Annual report on the Civil Veterinary Department, Burma (including the Insein Veterinary School) - 1923-1931
Year: 1923
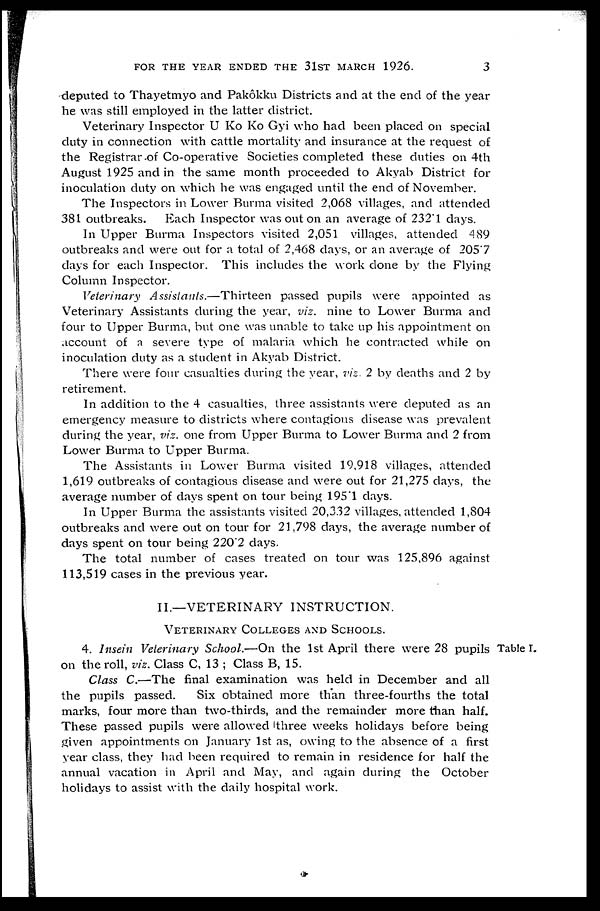
FOR THE YEAR ENDED THE 31ST MARCH 1926.
3
deputed to Thayetmyo and Pakôkku Districts and at the end of the year
he was still employed in the latter district.
Veterinary Inspector U Ko Ko Gyi who had been placed on special
duty in connection with cattle mortality and insurance at the request of
the Registrar of Co-operative Societies completed these duties on 4th
August 1925 and in the same month proceeded to Akyab District for
inoculation duty on which he was engaged until the end of November.
The Inspectors in Lower Burma visited 2,068 villages, and attended
381 outbreaks.
Each Inspector was out on an average of 232.1 days.
In Upper Burma Inspectors visited 2,051 villages, attended 489
outbreaks and were out for a total of 2,468 days, or an average of 205.7
days for each Inspector. This includes the work done by the Flying
Column Inspector.
Veterinary Assistants.—Thirteen
passed pupils were appointed as
Veterinary Assistants during the year, viz. nine to Lower Burma and
four to Upper Burma, but one was unable to take up his appointment on
account of a severe type of malaria which he contracted while on
inoculation duty as a student in Akyab District.
There were four casualties during the year, viz 2 by deaths and 2 by
retirement.
In addition to the 4 casualties, three assistants were deputed as an
emergency measure to districts where contagious disease was prevalent
during the year, viz. one from Upper Burma to Lower Burma and 2 from
Lower Burma to Upper Burma.
The Assistants in Lower Burma visited 19,918 villages, attended
1,619 outbreaks of contagious disease and were out for 21,275 days, the
average number of days spent on tour being 1951 days.
In Upper Burma the assistants visited 20,332 villages, attended 1,804
outbreaks and were out on tour for 21,798 days, the average number of
days spent on tour being 220.2 days.
The total number of cases treated on tour was 125,896 against
113,519 cases in the previous year.
II.—VETERINARY INSTRUCTION.
VETERINARY COLLEGES AND SCHOOLS.
Table I.
4. Insein Veterinary School.—On the 1st April there were 28 pupils
on the roll, viz. Class C, 13 ; Class B, 15.
Class C.—The final examination was held in December and all
the pupils passed.
Six obtained more than three-fourths the total
marks, four more than two-thirds, and the remainder more than half.
These passed pupils were allowed three weeks holidays before being
given appointments on January 1st as, owing to the absence of a first
year class, they had been required to remain in residence for half the
annual vacation in April and May, and again during the October
holidays to assist with the daily hospital work.